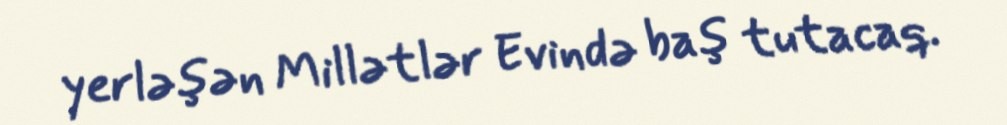
yerləşən Millətlər Evində baş tutacaq.